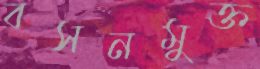
বসনমুক্ত